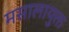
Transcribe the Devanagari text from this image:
मसालायुक्त